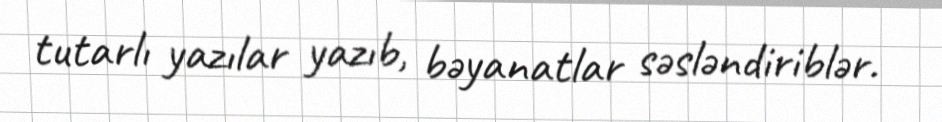
tutarlı yazılar yazıb, bəyanatlar səsləndiriblər.